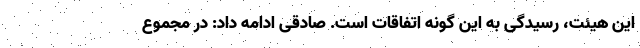
این هیئت، رسیدگی به این گونه اتفاقات است. صادقی ادامه داد: در مجموع